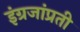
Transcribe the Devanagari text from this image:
इंग्रजांप्रती